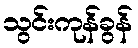
သွင်းကုန်ခွန်